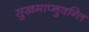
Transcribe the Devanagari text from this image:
सुखमाप्नुवन्ति